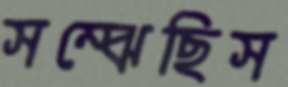
সম্‌ঝেছিস